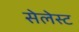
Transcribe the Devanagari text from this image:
सेलेस्ट